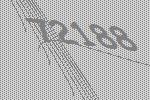
72188